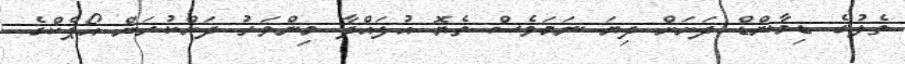
ތެލުގެ ޑިމާންޑް ދަށަށް ދިޔަ ނަމަވެސް ތެޔޮ އުފައްދާ މިންވަރު ދަށްކުރަން އޯޕެކްގެ